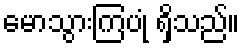
မောသွားကြပုံ ရှိသည်။